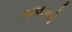
આલાપવો